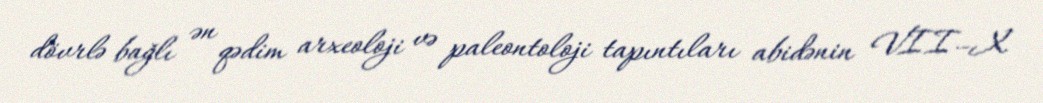
dövrlə bağlı ən qədim arxeoloji və paleontoloji tapıntıları abidənin VII–X